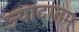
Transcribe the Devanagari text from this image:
ज्यादातम